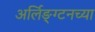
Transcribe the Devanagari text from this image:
अर्लिङ्ग्टनच्या